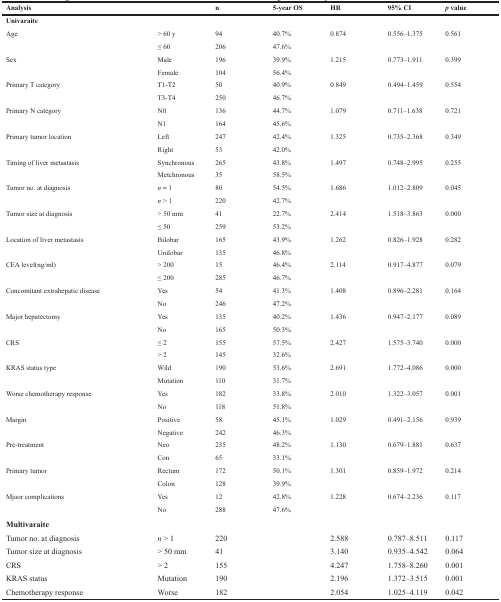
<table><thead><tr><td><b>Analysis</b></td><td></td><td><b>n</b></td><td><b>5-year OS</b></td><td colspan="2"><b>HR</b></td><td><b>95% CI</b></td><td><b><i>p</i> value</b></td></tr></thead><tbody><tr><td><b>Univaraite</b></td><td></td><td></td><td></td><td colspan="2"></td><td></td><td></td></tr><tr><td>Age</td><td>&gt; 60 y</td><td>94</td><td>40.7%</td><td colspan="2">0.874</td><td>0.556–1.375</td><td>0.561</td></tr><tr><td></td><td>≤ 60</td><td>206</td><td>47.6%</td><td colspan="2"></td><td></td><td></td></tr><tr><td>Sex</td><td>Male</td><td>196</td><td>39.9%</td><td colspan="2">1.215</td><td>0.773–1.911</td><td>0.399</td></tr><tr><td></td><td>Female</td><td>104</td><td>56.4%</td><td colspan="2"></td><td></td><td></td></tr><tr><td>Primary T category</td><td>T1-T2</td><td>50</td><td>40.9%</td><td colspan="2">0.849</td><td>0.494–1.459</td><td>0.554</td></tr><tr><td></td><td>T3-T4</td><td>250</td><td>46.7%</td><td colspan="2"></td><td></td><td></td></tr><tr><td>Primary N category</td><td>N0</td><td>136</td><td>44.7%</td><td colspan="2">1.079</td><td>0.711–1.638</td><td>0.721</td></tr><tr><td></td><td>N1</td><td>164</td><td>45.6%</td><td colspan="2"></td><td></td><td></td></tr><tr><td>Primary tumor location</td><td>Left</td><td>247</td><td>42.4%</td><td colspan="2">1.325</td><td>0.735–2.368</td><td>0.349</td></tr><tr><td></td><td>Right</td><td>53</td><td>42.0%</td><td colspan="2"></td><td></td><td></td></tr><tr><td>Timing of liver metastasis</td><td>Synchronous</td><td>265</td><td>43.8%</td><td colspan="2">1.497</td><td>0.748–2.995</td><td>0.255</td></tr><tr><td></td><td>Metchronous</td><td>35</td><td>58.5%</td><td colspan="2"></td><td></td><td></td></tr><tr><td>Tumor no. at diagnosis</td><td><i>n =</i> 1</td><td>80</td><td>54.5%</td><td colspan="2">1.686</td><td>1.012–2.809</td><td>0.045</td></tr><tr><td></td><td><i>n</i> &gt; 1</td><td>220</td><td>42.7%</td><td colspan="2"></td><td></td><td></td></tr><tr><td>Tumor size at diagnosis</td><td>&gt; 50 mm</td><td>41</td><td>22.7%</td><td colspan="2">2.414</td><td>1.518–3.863</td><td>0.000</td></tr><tr><td></td><td>≤ 50</td><td>259</td><td>53.2%</td><td colspan="2"></td><td></td><td></td></tr><tr><td>Location of liver metastasis</td><td>Bilobar</td><td>165</td><td>43.9%</td><td colspan="2">1.262</td><td>0.826–1.928</td><td>0.282</td></tr><tr><td></td><td>Unilobar</td><td>135</td><td>46.8%</td><td colspan="2"></td><td></td><td></td></tr><tr><td>CEA level(ng/ml)</td><td>&gt; 200</td><td>15</td><td>46.4%</td><td colspan="2">2.114</td><td>0.917–4.877</td><td>0.079</td></tr><tr><td></td><td>≤ 200</td><td>285</td><td>46.7%</td><td colspan="2"></td><td></td><td></td></tr><tr><td>Concomitant extrahepatic disease</td><td>Yes</td><td>54</td><td>41.3%</td><td colspan="2">1.408</td><td>0.896–2.281</td><td>0.164</td></tr><tr><td></td><td>No</td><td>246</td><td>47.2%</td><td colspan="2"></td><td></td><td></td></tr><tr><td>Major hepatectomy</td><td>Yes</td><td>135</td><td>40.2%</td><td colspan="2">1.436</td><td>0.947–2.177</td><td>0.089</td></tr><tr><td></td><td>No</td><td>165</td><td>50.3%</td><td colspan="2"></td><td></td><td></td></tr><tr><td>CRS</td><td>≤ 2</td><td>155</td><td>57.5%</td><td colspan="2">2.427</td><td>1.575–3.740</td><td>0.000</td></tr><tr><td></td><td>&gt; 2</td><td>145</td><td>32.6%</td><td colspan="2"></td><td></td><td></td></tr><tr><td>KRAS status type</td><td>Wild</td><td>190</td><td>53.6%</td><td colspan="2">2.691</td><td>1.772–4.086</td><td>0.000</td></tr><tr><td></td><td>Mutation</td><td>110</td><td>31.7%</td><td colspan="2"></td><td></td><td></td></tr><tr><td>Worse chemotherapy response</td><td>Yes</td><td>182</td><td>33.8%</td><td colspan="2">2.010</td><td>1.322–3.057</td><td>0.001</td></tr><tr><td></td><td>No</td><td>118</td><td>51.8%</td><td colspan="2"></td><td></td><td></td></tr><tr><td>Margin</td><td>Positive</td><td>58</td><td>45.1%</td><td colspan="2">1.029</td><td>0.491–2.156</td><td>0.939</td></tr><tr><td></td><td>Negative</td><td>242</td><td>46.3%</td><td colspan="2"></td><td></td><td></td></tr><tr><td>Pre-treatment</td><td>Neo</td><td>235</td><td>48.2%</td><td colspan="2">1.130</td><td>0.679–1.881</td><td>0.637</td></tr><tr><td></td><td>Con</td><td>65</td><td>33.1%</td><td colspan="2"></td><td></td><td></td></tr><tr><td>Primary tumor</td><td>Rectum</td><td>172</td><td>50.1%</td><td colspan="2">1.301</td><td>0.859–1.972</td><td>0.214</td></tr><tr><td></td><td>Colon</td><td>128</td><td>39.9%</td><td colspan="2"></td><td></td><td></td></tr><tr><td>Mjaor complications</td><td>Yes</td><td>12</td><td>42.8%</td><td colspan="2">1.228</td><td>0.674–2.236</td><td>0.117</td></tr><tr><td></td><td>No</td><td>288</td><td>47.6%</td><td colspan="2"></td><td></td><td></td></tr><tr><td><b>Multivaraite</b></td><td></td><td></td><td colspan="2"></td><td></td><td></td><td></td></tr><tr><td>Tumor no. at diagnosis</td><td><i>n</i> &gt; 1</td><td>220</td><td colspan="2"></td><td>2.588</td><td>0.787–8.511</td><td>0.117</td></tr><tr><td>Tumor size at diagnosis</td><td>&gt; 50 mm</td><td>41</td><td colspan="2"></td><td>3.140</td><td>0.935–4.542</td><td>0.064</td></tr><tr><td>CRS</td><td>&gt; 2</td><td>155</td><td colspan="2"></td><td>4.247</td><td>1.758–8.260</td><td>0.001</td></tr><tr><td>KRAS status</td><td>Mutation</td><td>190</td><td colspan="2"></td><td>2.196</td><td>1.372–3.515</td><td>0.001</td></tr><tr><td>Chemotherapy response</td><td>Worse</td><td>182</td><td colspan="2"></td><td>2.054</td><td>1.025–4.119</td><td>0.042</td></tr></tbody></table>